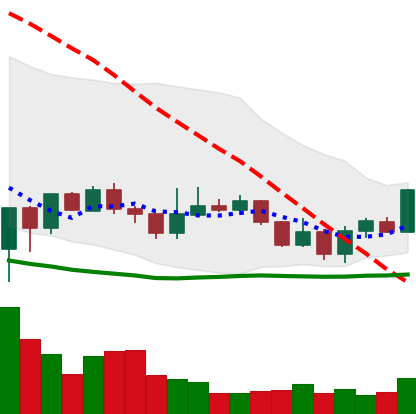
Ticker: LINK-USD
Chart end date: 2020-01-06
Forward return: 17.847%
Label: up_7plus